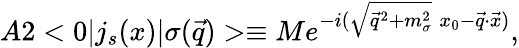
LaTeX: A2<0|j_{s}(x)|\sigma(\vec{q})>\equiv Me^{-i(\sqrt{\vec{q}^{2}+m_{\sigma}^{2}}\; x_{0}-\vec{q}\cdot\vec{x})},